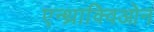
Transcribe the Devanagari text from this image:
एन्थ्राक्विओन